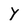
Character: y